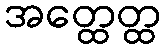
အတ္ထေတ္ထ